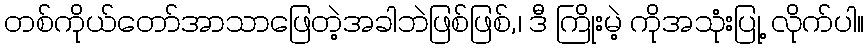
တစ်ကိုယ်တော်အာသာဖြေတဲ့အခါဘဲဖြစ်ဖြစ်,၊ ဒီ ကြိုးမဲ့ ကိုအသုံးပြု့ လိုက်ပါ။